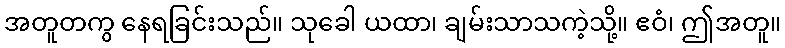
အတူတကွ နေရခြင်းသည်။ သုခေါ ယထာ၊ ချမ်းသာသကဲ့သို့။ ဧဝံ၊ ဤအတူ။